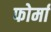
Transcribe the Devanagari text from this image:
फोर्मा